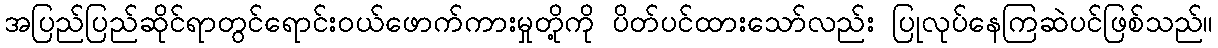
အပြည်ပြည်ဆိုင်ရာတွင်ရောင်းဝယ်ဖောက်ကားမှုတို့ကို ပိတ်ပင်ထားသော်လည်း ပြုလုပ်နေကြဆဲပင်ဖြစ်သည်။